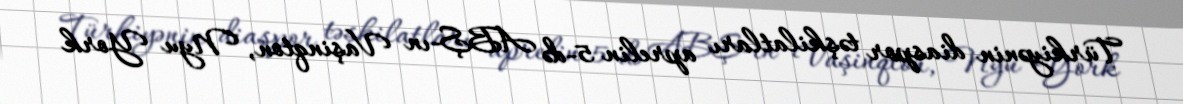
Türkiyənin diaspor təşkilatları aprelin 5-də ABŞ-ın Vaşinqton, Nyu York